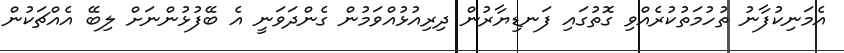
އެމަނިކުފާނު ތުހުމަތުކުރެއްވި ގޮތުގައި ފަނޑިޔާރުން ދިރިއުޅުއްވަމުން ގެންދަވަނީ އެ ބޭފުޅުންނަށް ލިބޭ އެއްްޗަކުން